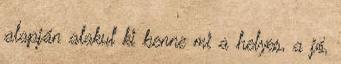
alapján alakul ki benne mi a helyes, a jó,